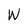
Character: W